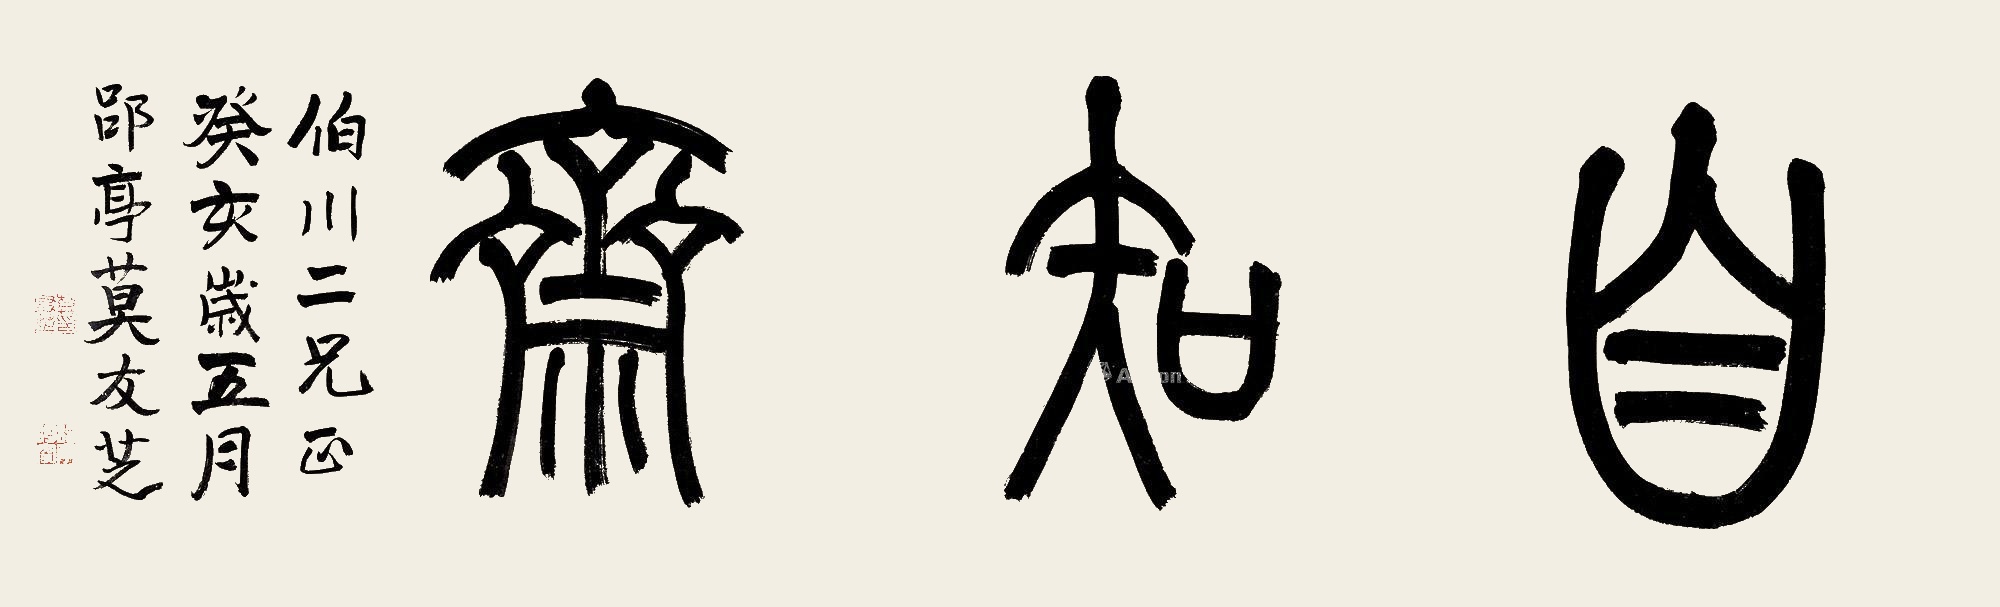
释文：自知斋伯川二兄正。癸亥岁五月，郘亭莫友芝。